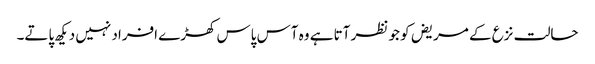
حالت نزع کے مریض کو جو نظر آتا ہے وہ آس پاس کھڑے افراد نہیں دیکھ پاتے۔